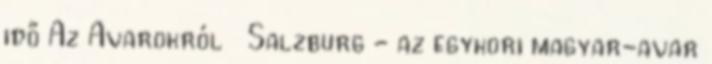
idő Az Avarokról Salzburg - az egykori magyar-avar